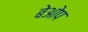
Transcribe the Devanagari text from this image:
बेओप